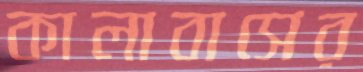
কালাবাসের